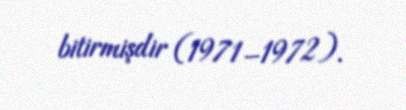
bitirmişdir (1971–1972).